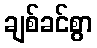
ချစ်ခင်စွာ